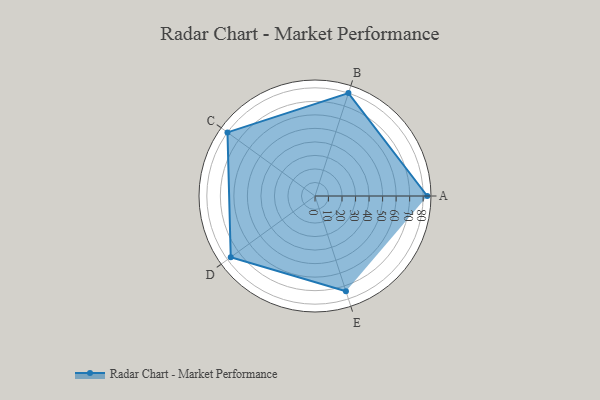
{"axis": {"x": "Skill", "y": "Score"}, "legend": ["Profile"], "data": [{"x": "A", "y": 83.0, "type": "Profile"}, {"x": "B", "y": 80.0, "type": "Profile"}, {"x": "C", "y": 80.0, "type": "Profile"}, {"x": "D", "y": 77.0, "type": "Profile"}, {"x": "E", "y": 74.0, "type": "Profile"}]}